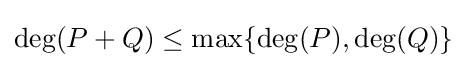
\deg(P+Q)\leq \max\{\deg(P),\deg(Q)\}